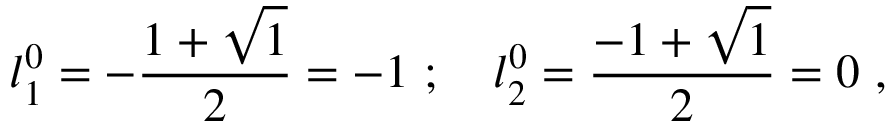
{ l _ { 1 } ^ { 0 } } = - \frac { 1 + \sqrt { 1 } } { 2 } = - 1 ~ ; ~ ~ ~ { l _ { 2 } ^ { 0 } } = \frac { - 1 + \sqrt { 1 } } { 2 } = 0 ~ ,